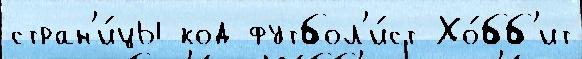
стран'и́цы код футбол'и́ст Хо́бб'ит